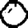
Digit: 0